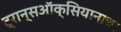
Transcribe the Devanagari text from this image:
ट्रान्सऑक्सियानाचा